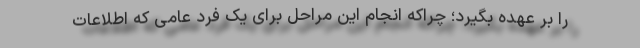
را بر عهده بگیرد؛ چراکه انجام این مراحل برای یک فرد عامی که اطلاعات